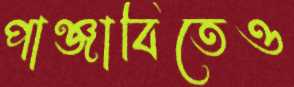
পাঞ্জাবিতেও